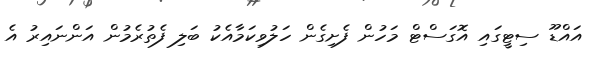
އައްޑޫ ސިޓީގައި އޮގަސްޓް މަހުން ފެށިގެން ހަލުވިކަމާއެކު ބަލި ފެތުރެމުން އަންނައިރު އެ